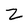
Character: Z